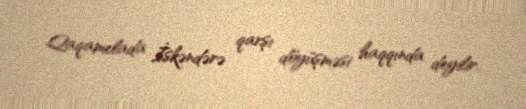
Qaqamelada İskəndərə qarşı döyüşməsi haqqında deyilir.